Code of medical and sanitary regulations for the guidance of medical officers serving in the Madras Presidency - Volume II
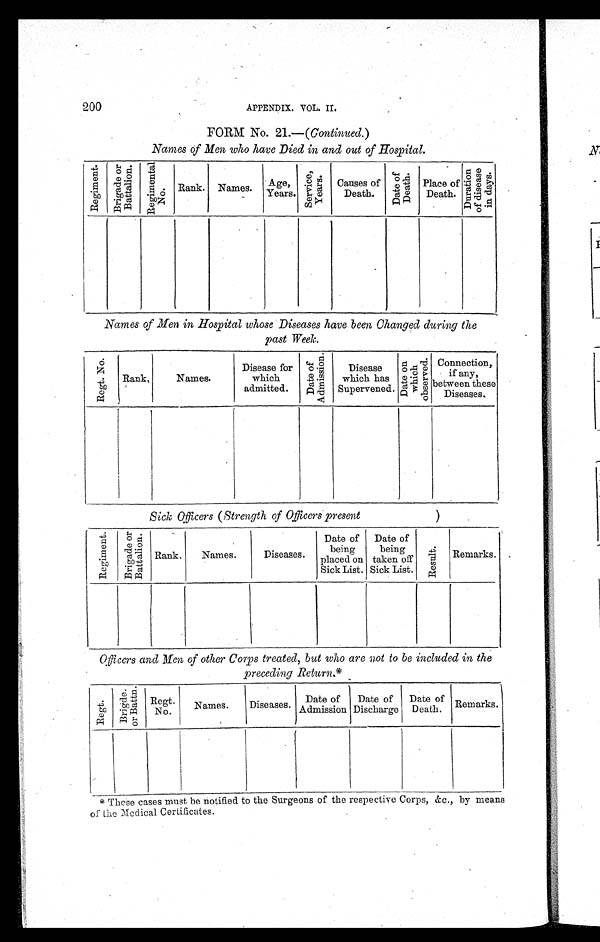
200
APPENDIX. VOL. II.
FORM No. 21.—( Continued. )
Names of Men who have Died in and out of Hospital.
R e g i m e n t .
B r i g a d e o r
B a t t a l i o n .
R e g i m e n t a l
No.
Rank. Names.
Age,
Years.
S e r v i c e ,
Y e a r s .
Causes of
Death.
D a t e o f
D e a t h .
Place of
Death.
Duration
of disease
in days.
Names of Men in Hospital whose Diseases have been Changed during the
past Week.
R e g t . N o .
Rank.
Names.
Disease for
which
admitted.
D a t e o f A d m i s s i o n .
Disease
which has
Supervened.
D a t e o n
w h i c h
o b s e r v e d . Connection,
if any,
between thes
Diseases.
Sick Officers ( Strength of Officers present
)
R e g i m e n t .
B r i g a d e o r
B a t t a l i o n .
Rank.
Names.
Diseases.
Date of
being
p l a c e d o n
Sick List.
Date of b e i n g
take
o f
Sick List.
R e s u l t .
Remarks.
Officers and Men of other Corps treated, but who are not to be included in the
preceding Return. *
R e g t .
B r i g d e .
o r B a t t n .
Regt.
No.
Names.
Diseases. Date of
Admission
Date of
Discharge
Date of
Death. Remarks.
i
* These cases must be notified to the Surgeons of the respective Corps, &c., by means
of the Medical Certificates.